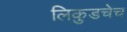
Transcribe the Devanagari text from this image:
लिकुडचेच